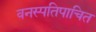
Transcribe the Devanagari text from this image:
वनस्पतिपाचित